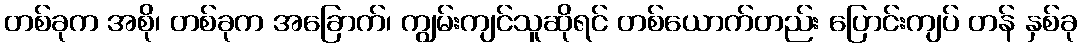
တစ်ခုက အစို၊ တစ်ခုက အခြောက်၊ ကျွမ်းကျင်သူဆိုရင် တစ်ယောက်တည်း ပြောင်းကျပ် တန် နှစ်ခု